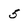
Character: 5